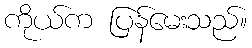
ကိုယ်က ပြန်မေးသည်။